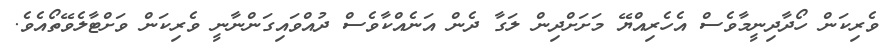
ވެރިކަން ހޯދާދިނީމާވެސް އެހެރިއްޔޭ މަށަށްދިން ލަގާ ދެން އަނެއްކާވެސް ދުއްވައިގަންނާނީ ވެރިކަން ވަށްޓާލެވޭތޯއެވެ.